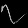
Digit: ၇